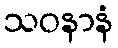
သဝနာနံ